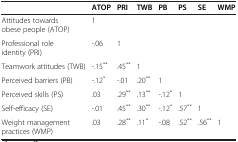
|  | ATOP | PRI | TWB | PB | PS | SE | WMP |
 | --- | --- | --- | --- | --- | --- | --- | --- |
 | Attitudes towards obese people (ATOP) | 1 |  |  |  |  |  |  |
 | Professional role identity (PRI) | -.06 | 1 |  |  |  |  |  |
 | Teamwork attitudes (TWB) | -.15** | .45** | 1 |  |  |  |  |
 | Perceived barriers (PB) | -.12* | -.01 | .20** | 1 |  |  |  |
 | Perceived skills (PS) | .03 | .29** | .13** | -.12* | 1 |  |  |
 | Self-efficacy (SE) | -.01 | .45** | .30** | -.12* | .57** | 1 |  |
 | Weight management practices (WMP) | .03 | .28** | .11* | -.08 | .52** | .56** | 1 |